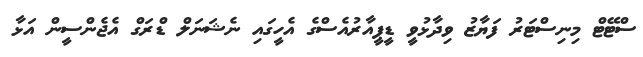
ސްޓޭޓް މިނިސްޓަރު ފަޔާޒު ވިދާޅުވީ ޑީޕީއާރުއެސްގެ އެހީގައި ނެޝަނަލް ޑްރަގް އެޖެންސީން އަޅާ